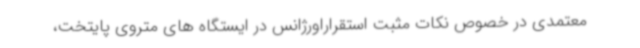
معتمدی در خصوص نکات مثبت استقراراورژانس در ایستگاه های متروی پایتخت،